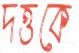
দত্তকে